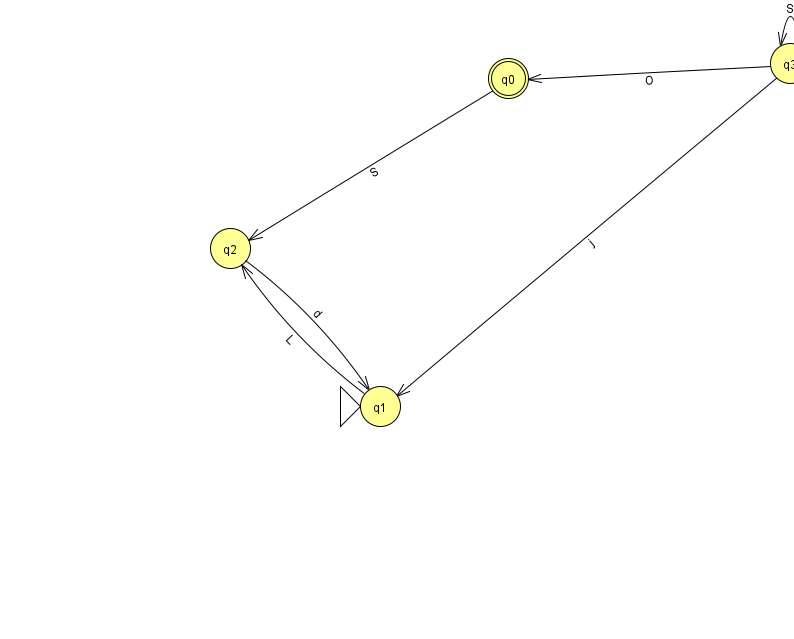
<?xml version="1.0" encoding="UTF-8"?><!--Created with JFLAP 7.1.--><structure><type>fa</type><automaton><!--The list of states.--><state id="0" name="q0"><x>508.0</x><y>65.0</y><final/></state><state id="1" name="q1"><x>380.0</x><y>393.0</y><initial/></state><state id="2" name="q2"><x>230.0</x><y>235.0</y></state><state id="3" name="q3"><x>790.0</x><y>50.0</y></state><!--The list of transitions.--><transition><from>0</from><to>2</to><read>S</read></transition><transition><from>3</from><to>1</to><read>j</read></transition><transition><from>3</from><to>3</to><read>S</read></transition><transition><from>2</from><to>1</to><read>d</read></transition><transition><from>3</from><to>0</to><read>O</read></transition><transition><from>1</from><to>2</to><read>L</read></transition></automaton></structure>